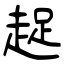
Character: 趗